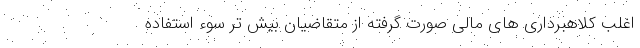
اغلب کلاهبرداری های مالی صورت گرفته از متقاضیان بیش تر سوء استفاده